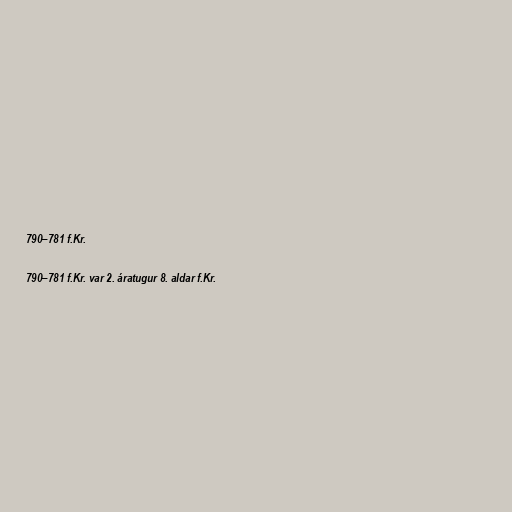
790–781 f.Kr.

790–781 f.Kr. var 2. áratugur 8. aldar f.Kr.